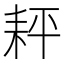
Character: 𦓬